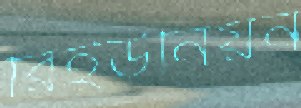
রিইউনিয়ন